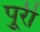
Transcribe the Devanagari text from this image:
पुूरी